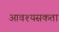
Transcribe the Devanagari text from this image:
आवश्यसकता